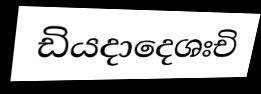
ඩියදාදෙශඃචි